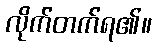
လိုက်တက်ရ၏။